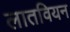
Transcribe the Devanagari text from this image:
लातवियन